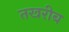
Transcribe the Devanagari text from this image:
तखरीब